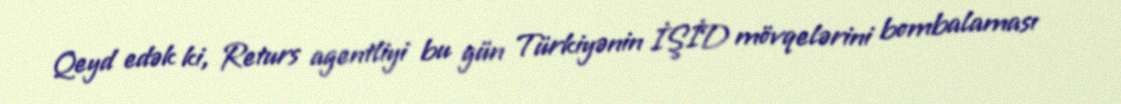
Qeyd edək ki, Returs agentliyi bu gün Türkiyənin İŞİD mövqelərini bombalaması